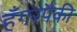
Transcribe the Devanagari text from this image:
हँगरपैकी